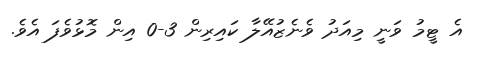
އެ ޓީމު ވަނީ މިއަދު ވެނެޒުއޭލާ ކައިރިން 3-0 އިން މޮޅުވެފަ އެވެ.